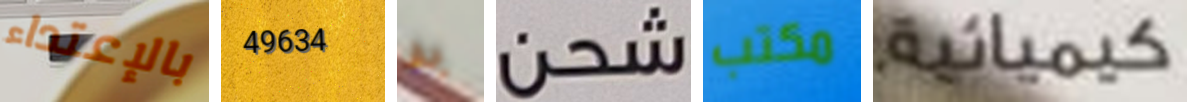
بالإعتداء 49634 به شحن مكتب كيميائية.